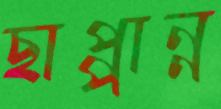
ছাপ্পান্ন